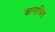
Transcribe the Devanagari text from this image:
चरनाश्रित